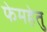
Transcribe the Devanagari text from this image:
फेमहेतु